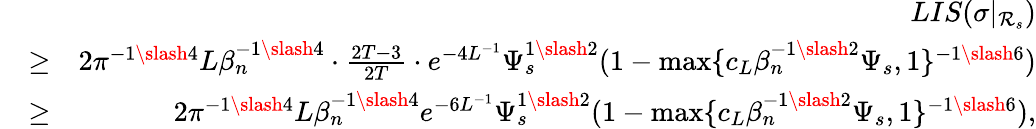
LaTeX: \begin{array}{rlr}&{}&{LIS(\sigma|_{\mathcal{R}_{s}})}\\ &{\geq}&{2\pi^{-1\slash 4}L\beta_{n}^{-1\slash 4}\cdot\frac{2T-3}{2T}\cdot e^{-4L^{-1}}\Psi_{s}^{1\slash 2}(1-\operatorname*{max}\{ c_{L}\beta_{n}^{-1\slash 2}\Psi_{s},1\} ^{-1\slash 6})}\\ &{\geq}&{2\pi^{-1\slash 4}L\beta_{n}^{-1\slash 4}e^{-6L^{-1}}\Psi_{s}^{1\slash 2}(1-\operatorname*{max}\{ c_{L}\beta_{n}^{-1\slash 2}\Psi_{s},1\} ^{-1\slash 6}),}\end{array}